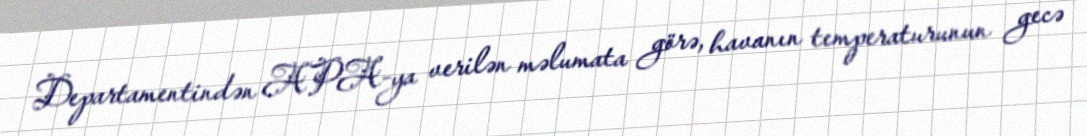
Departamentindən APA-ya verilən məlumata görə, havanın temperaturunun gecə